system: You are a helpful assistant.
user:
Analyze the provided spectrum to determine if it is a **S-type Star**.

- **Key Indicators for S-type Star:**

    - **(Overall Spectrum Shape):** The first and most obvious characteristic is the overall continuum (the "baseline" shape). It is **extremely "red-sloping,"** meaning the flux (light intensity) is very low on the left side (blue, ~4000-4500 Å) and rises steeply and continuously toward the right side (red, ~7000 Å+).

    - **(Primary):** The spectrum is defined by the presence of strong, broad molecular absorption "valleys" (bands) from **Zirconium Oxide (ZrO)**. The identification of these bands is the **primary requirement** for classifying a star as S-type.
        - **(Key Bandheads):** You must find distinct, deep "dips" where the light has been absorbed. The most critical band systems to locate are:
            - **~6474 Å** ($\gamma$-system): This is often the strongest and clearest ZrO feature, found in the red part of the spectrum.
            - **~5718 Å** & **~5551 Å** ($\beta$-system): A pair of prominent absorption features in the yellow-orange part of the spectrum.
            - **~4640 Å** ($\alpha$-system): A key absorption band system in the blue-green region of the spectrum.

    - **(Secondary Confirmation):** The classification is strengthened by finding additional absorption bands from other related heavy element oxides, which are expected to be present alongside ZrO.
        - **(Key Bandheads):**
            - **Yttrium Oxide (YO):** Look for absorption dips near **~4800 Å** and **~6100 Å**.
            - **Lanthanum Oxide (LaO):** Additional absorption features, particularly in the red-orange part of the spectrum, are also characteristic.

    - **(Line Profile):** The combination of the steep red continuum and these numerous, deep molecular bands (ZrO, YO, etc.) gives the entire spectrum a very **"chopped-up"** or **"bumpy"** appearance. Instead of a smooth curve, the spectrum looks as though large, wide chunks of light have been "carved out" of it at the specific wavelengths listed above.

Think first, call **spectral_visualization_tool** if needed to examine features in detail, then provide your final answer. Your response must adhere to the following strict rules:
1.  **Overall Structure:** Your response must follow the format `<think>...</think> <tool_call>...</tool_call> (if a tool is used) <answer>...</answer>`.
2.  **Tool Usage Constraint:** You may only make **one** tool call per turn.
3.  **Final Answer Format:** In the `<answer>` tag, your conclusion must be inside a `\boxed{}` command (e.g., `\boxed{YES}` or `\boxed{NO}`), followed by your justification.

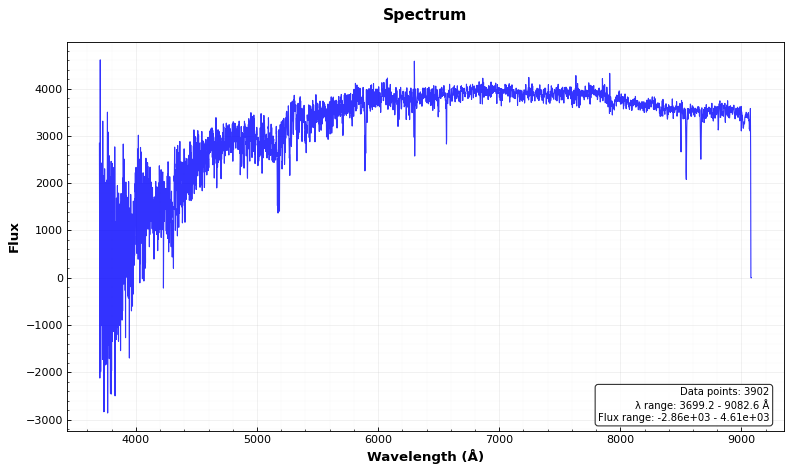
Answer: NO